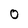
Character: 0